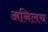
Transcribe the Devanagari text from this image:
अनिलच